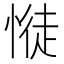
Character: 𢟎